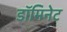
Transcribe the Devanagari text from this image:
डॉमिनेट